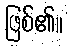
ဖြစ်၏။